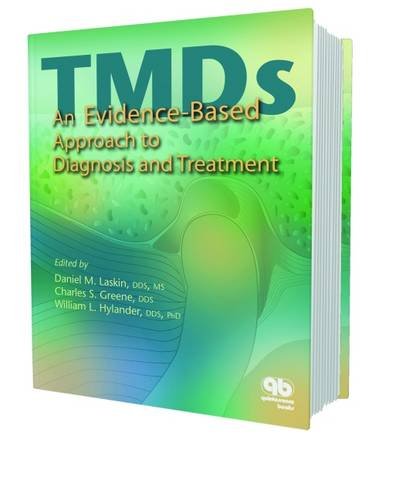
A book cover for Temporomandibular Disorders: An Evidenced-Based Approach to Diagnosis And Treatment; Daniel M. Laskin; Medical Books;